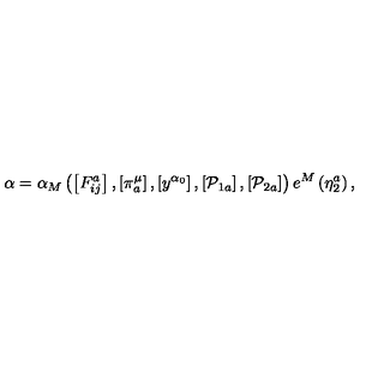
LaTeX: \alpha = \alpha _ { M } \left( \left[ F _ { i j } ^ { a } \right] , \left[ \pi _ { a } ^ { \mu } \right] , \left[ y ^ { \alpha _ { 0 } } \right] , \left[ \mathcal { P } _ { 1 a } \right] , \left[ \mathcal { P } _ { 2 a } \right] \right) e ^ { M } \left( \eta _ { 2 } ^ { a } \right) ,